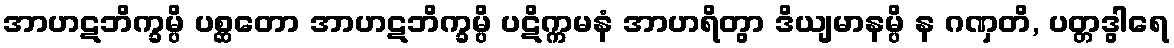
အာဟဋဘိက္ခမ္ပိ ပစ္ဆတော အာဟဋဘိက္ခမ္ပိ ပဋိက္ကမနံ အာဟရိတွာ ဒိယျမာနမ္ပိ န ဂဏှတိ, ပတ္တဒွါရေ